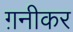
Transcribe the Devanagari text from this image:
ग़नीकर